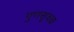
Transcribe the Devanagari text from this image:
गुणसूचक